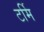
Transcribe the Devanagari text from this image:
टर्मि